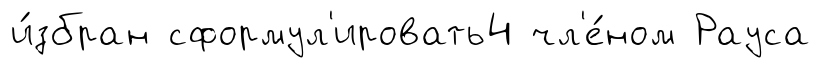
и́збран сформул'ировать4 чл'е́ном Рауса